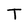
Character: T